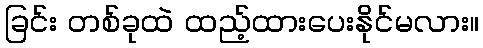
ခြင်း တစ်ခုထဲ ထည့်ထားပေးနိုင်မလား။